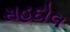
સહદોલ